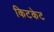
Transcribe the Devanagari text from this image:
किटकेट